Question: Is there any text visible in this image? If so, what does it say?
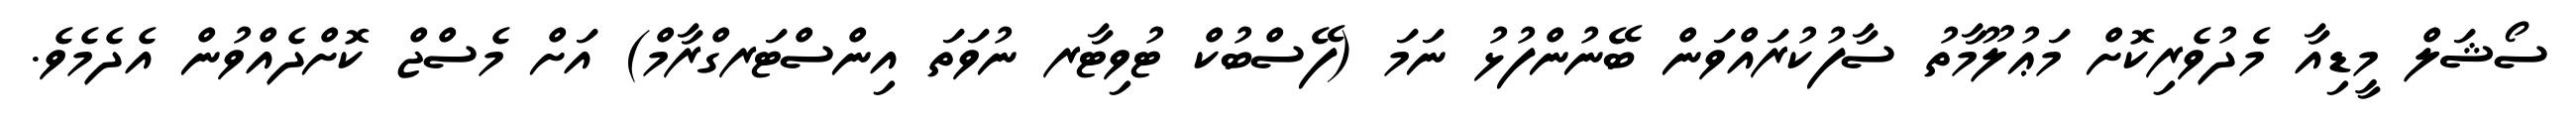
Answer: ސޯޝަލް މީޑިއާ މެދުވެރިކޮށް މަޢުލޫމާތު ސާފުކުރައްވަން ބޭނުންފުޅު ނަމަ (ފޭސްބުކް ޓުވިޓާރ ނުވަތަ އިންސްޓަރގްރާމް) އަށް މެސްޖް ކޮށްދެއްވުން އެދެމެވެ.